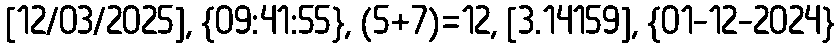
[12/03/2025], {09:41:55}, (5+7)=12, [3.14159], {01-12-2024}